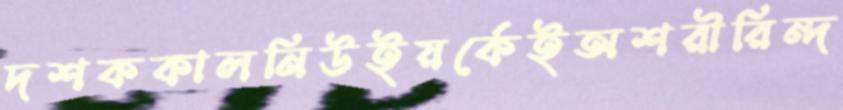
দশককালনিউইয়র্কেইঅশরীরিন্দ